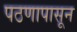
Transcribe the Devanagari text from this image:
पठणापासून